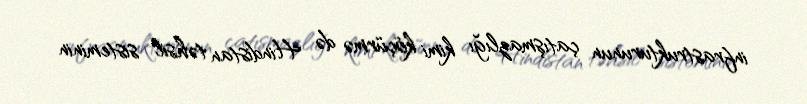
infrastrukturunun çatışmazlığı kimi köçürmə də Hindistan təhsil sisteminin